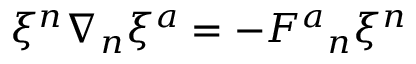
\xi ^ { n } \nabla _ { n } \xi ^ { a } = - F ^ { a } { } _ { n } \xi ^ { n }